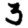
Digit: 3